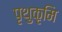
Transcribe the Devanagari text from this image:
पृथुकृमि